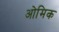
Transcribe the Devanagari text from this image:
ओमिक